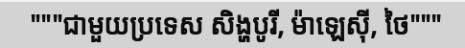
"""ជាមួយប្រទេស សិង្ហបូរី, ម៉ាឡេស៊ី, ថៃ"""